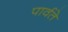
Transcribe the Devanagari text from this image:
पार्वते